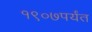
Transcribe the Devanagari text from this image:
१९०७पर्यंत